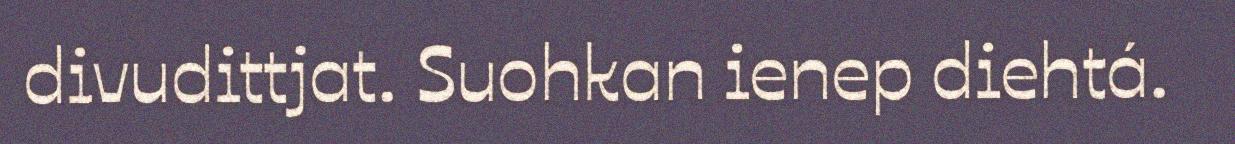
divudittjat. Suohkan ienep diehtá.